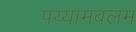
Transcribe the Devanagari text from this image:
पय्यामबलम